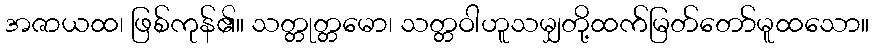
အဇာယထ၊ ဖြစ်ကုန်၏။ သတ္တုတ္တမော၊ သတ္တဝါဟူသမျှတို့ထက်မြတ်တော်မူထသော။